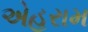
એહરામ